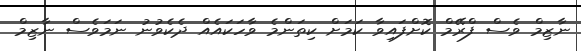
ނާޒިމް ވެސް ފްރޭމް ކޮށްފައިވާ ކަމަށް ކިތަންމެ ވާހަކައެއް ދެކެވުނު ނަމަވެސް ނާޒިމް